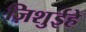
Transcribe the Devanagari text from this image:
ज़िशुईहे